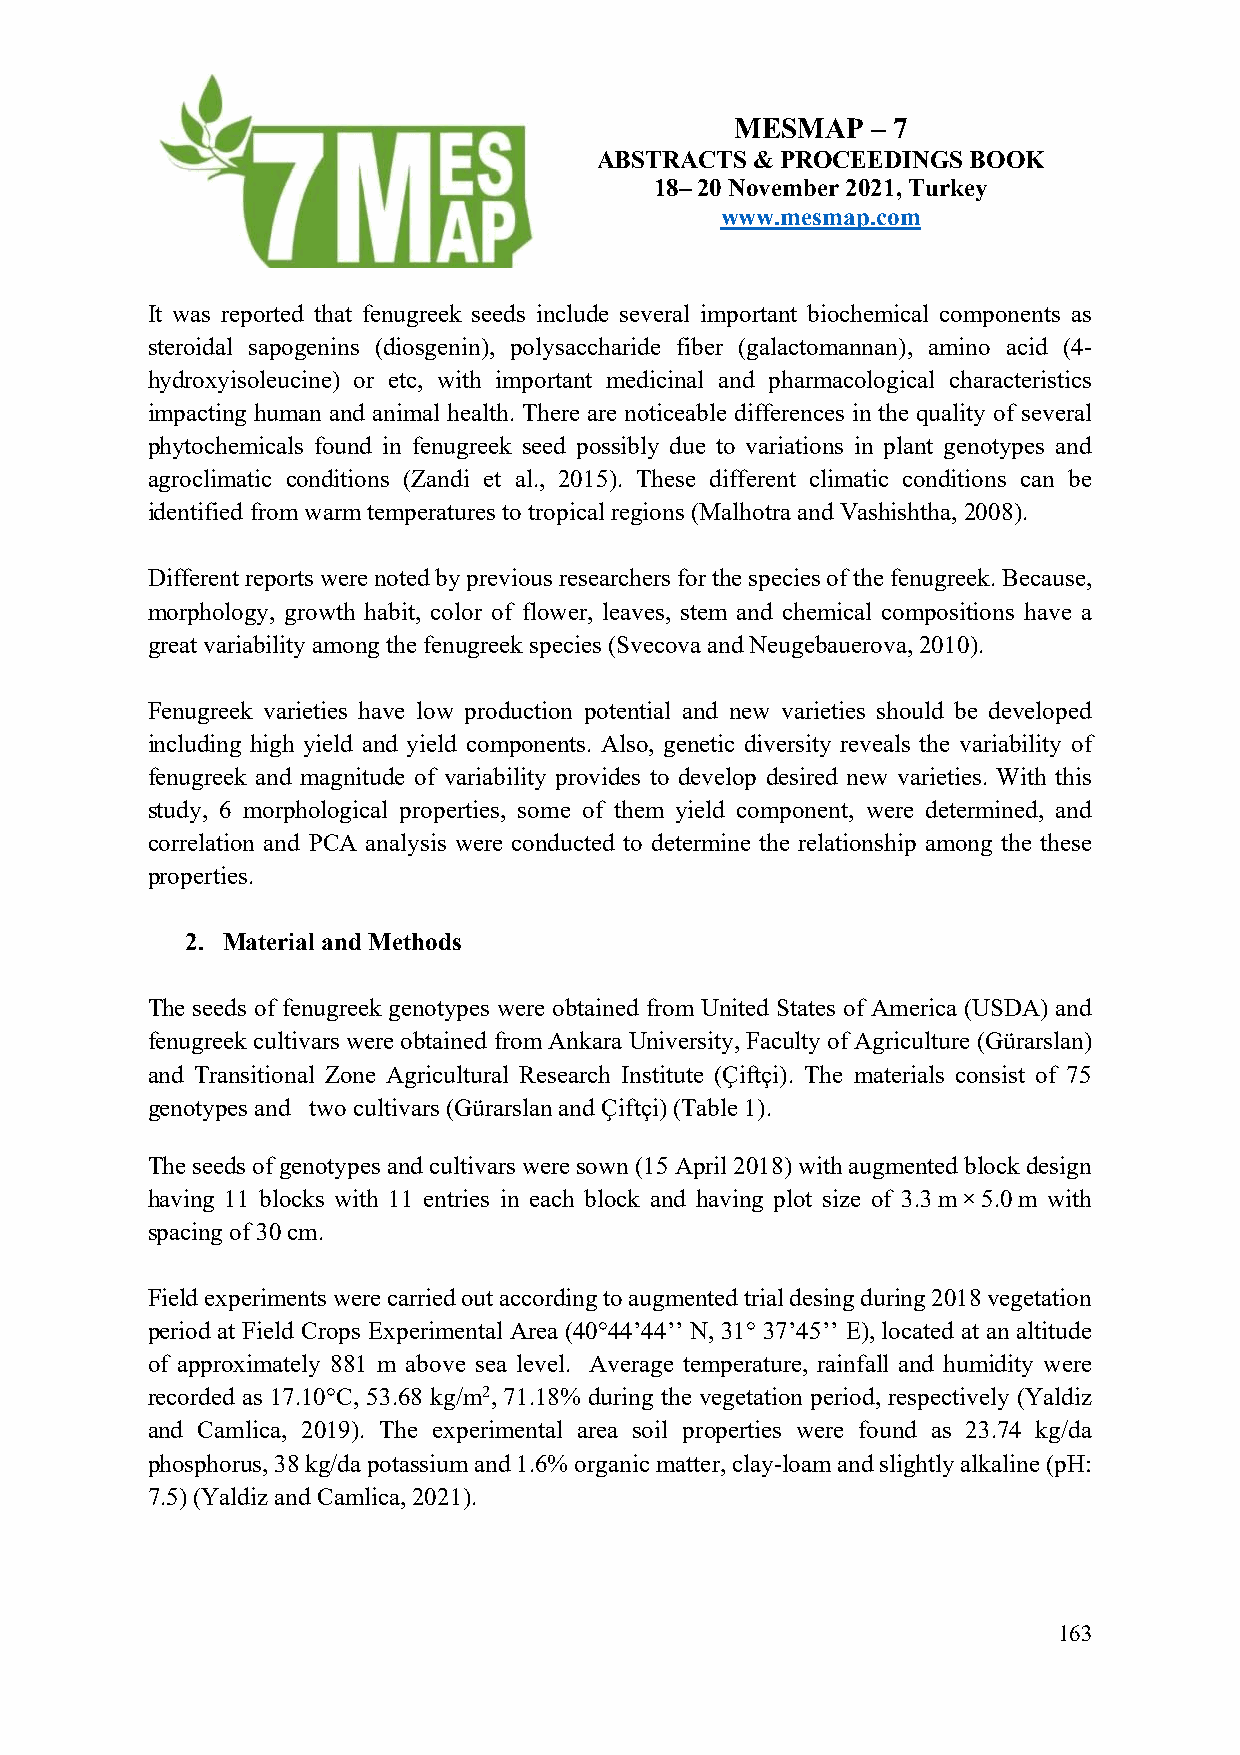
MESMAP   – 7
 ABSTRACTS  & PROCEEDINGS BOOK
 18– 20 November 2021, Turkey
 www.mesmap.com
 It was reported that fenugreek seeds include several important biochemical components as
 steroidal sapogenins (diosgenin), polysaccharide fiber (galactomannan), amino acid (4-
 hydroxyisoleucine) or etc, with important medicinal and pharmacological characteristics
 impacting human and animal health. There are noticeable differences in the quality of several
 phytochemicals found in fenugreek seed possibly due to variations in plant genotypes and
 agroclimatic conditions (Zandi et al., 2015). These different climatic conditions can be
 identified from warm temperatures to tropical regions (Malhotra and Vashishtha, 2008).
 Different reports were noted by previous researchers for the species of the fenugreek. Because,
 morphology, growth habit, color of flower, leaves, stem and chemical compositions have a
 great variability among the fenugreek species (Svecova and Neugebauerova, 2010).
 Fenugreek varieties have low production potential and new varieties should be developed
 including high yield and yield components. Also, genetic diversity reveals the variability of
 fenugreek and magnitude of variability provides to develop desired new varieties. With this
 study, 6 morphological properties, some of them yield component, were determined, and
 correlation and PCA analysis were conducted to determine the relationship among the these
 properties.
 2. Material and Methods
 The seeds of fenugreek genotypes were obtained from United States of America (USDA) and
 fenugreek cultivars were obtained from Ankara University, Faculty of Agriculture (Gürarslan)
 and Transitional Zone Agricultural Research Institute (Çiftçi). The materials consist of 75
 genotypes and two cultivars (Gürarslan and Çiftçi) (Table 1).
 The seeds of genotypes and cultivars were sown (15 April 2018) with augmented block design
 having 11 blocks with 11 entries in each block and having plot size of 3.3 m × 5.0 m with
 spacing of 30 cm.
 Field experiments were carried out according to augmented trial desing during 2018 vegetation
 period at Field Crops Experimental Area (40°44’44’’ N, 31° 37’45’’ E), located at an altitude
 of approximately 881 m above sea level. Average temperature, rainfall and humidity were
 recorded as 17.10°C, 53.68 kg/m2, 71.18% during the vegetation period, respectively (Yaldiz
 and Camlica, 2019). The experimental area soil properties were found as 23.74 kg/da
 phosphorus, 38 kg/da potassium and 1.6% organic matter, clay-loam and slightly alkaline (pH:
 7.5) (Yaldiz and Camlica, 2021).
 163